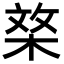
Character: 𣓰